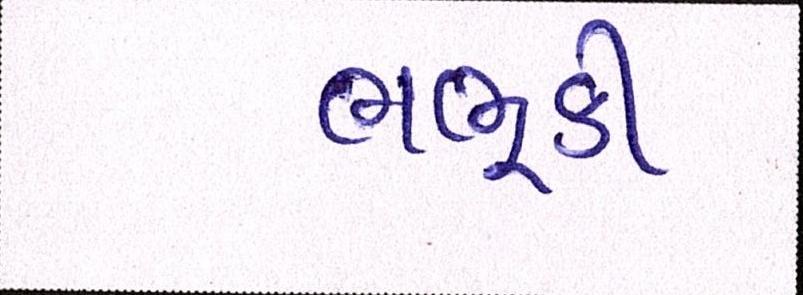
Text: ભભુકી